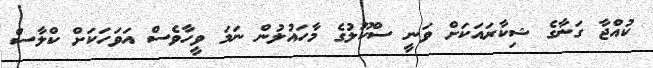
ކުއްޖާ ގަނާގެ ޝިކާރައަކަށް ވަނީ ސްކޫލުގެ މާހައުލުން ނަމަ ވީހާވެސް އަވަހަކަށް ކްލާސް